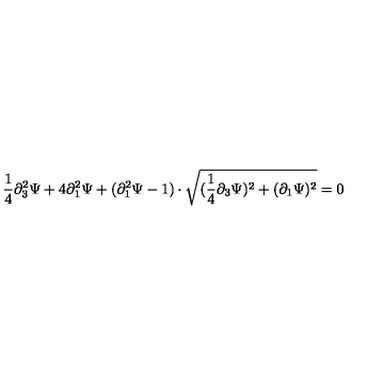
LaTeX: \frac { 1 } { 4 } \partial _ { 3 } ^ { 2 } \Psi + 4 \partial _ { 1 } ^ { 2 } \Psi + ( \partial _ { 1 } ^ { 2 } \Psi - 1 ) \cdot \sqrt { ( \frac { 1 } { 4 } \partial _ { 3 } \Psi ) ^ { 2 } + ( \partial _ { 1 } \Psi ) ^ { 2 } } = 0